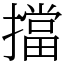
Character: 擋